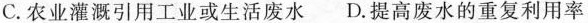
C.农业灌溉引用工业或生活废水 D.提高废水的重复利用率